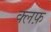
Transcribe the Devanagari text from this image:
क्लफ़